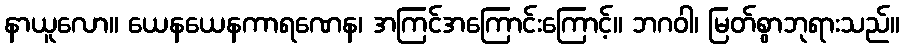
နာယူလော။ ယေနယေနကာရဏေန၊ အကြင်အကြောင်းကြောင့်။ ဘဂဝါ၊ မြတ်စွာဘုရားသည်။